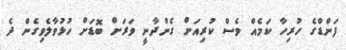
ފަންޑްގެ ހުރިހާ ކަމެއް ވެސް ކުރިއަށް ގެންދާނީ ވަރަށް ބޮޑަށް ހުޅުވާލެވިގެން ދެ